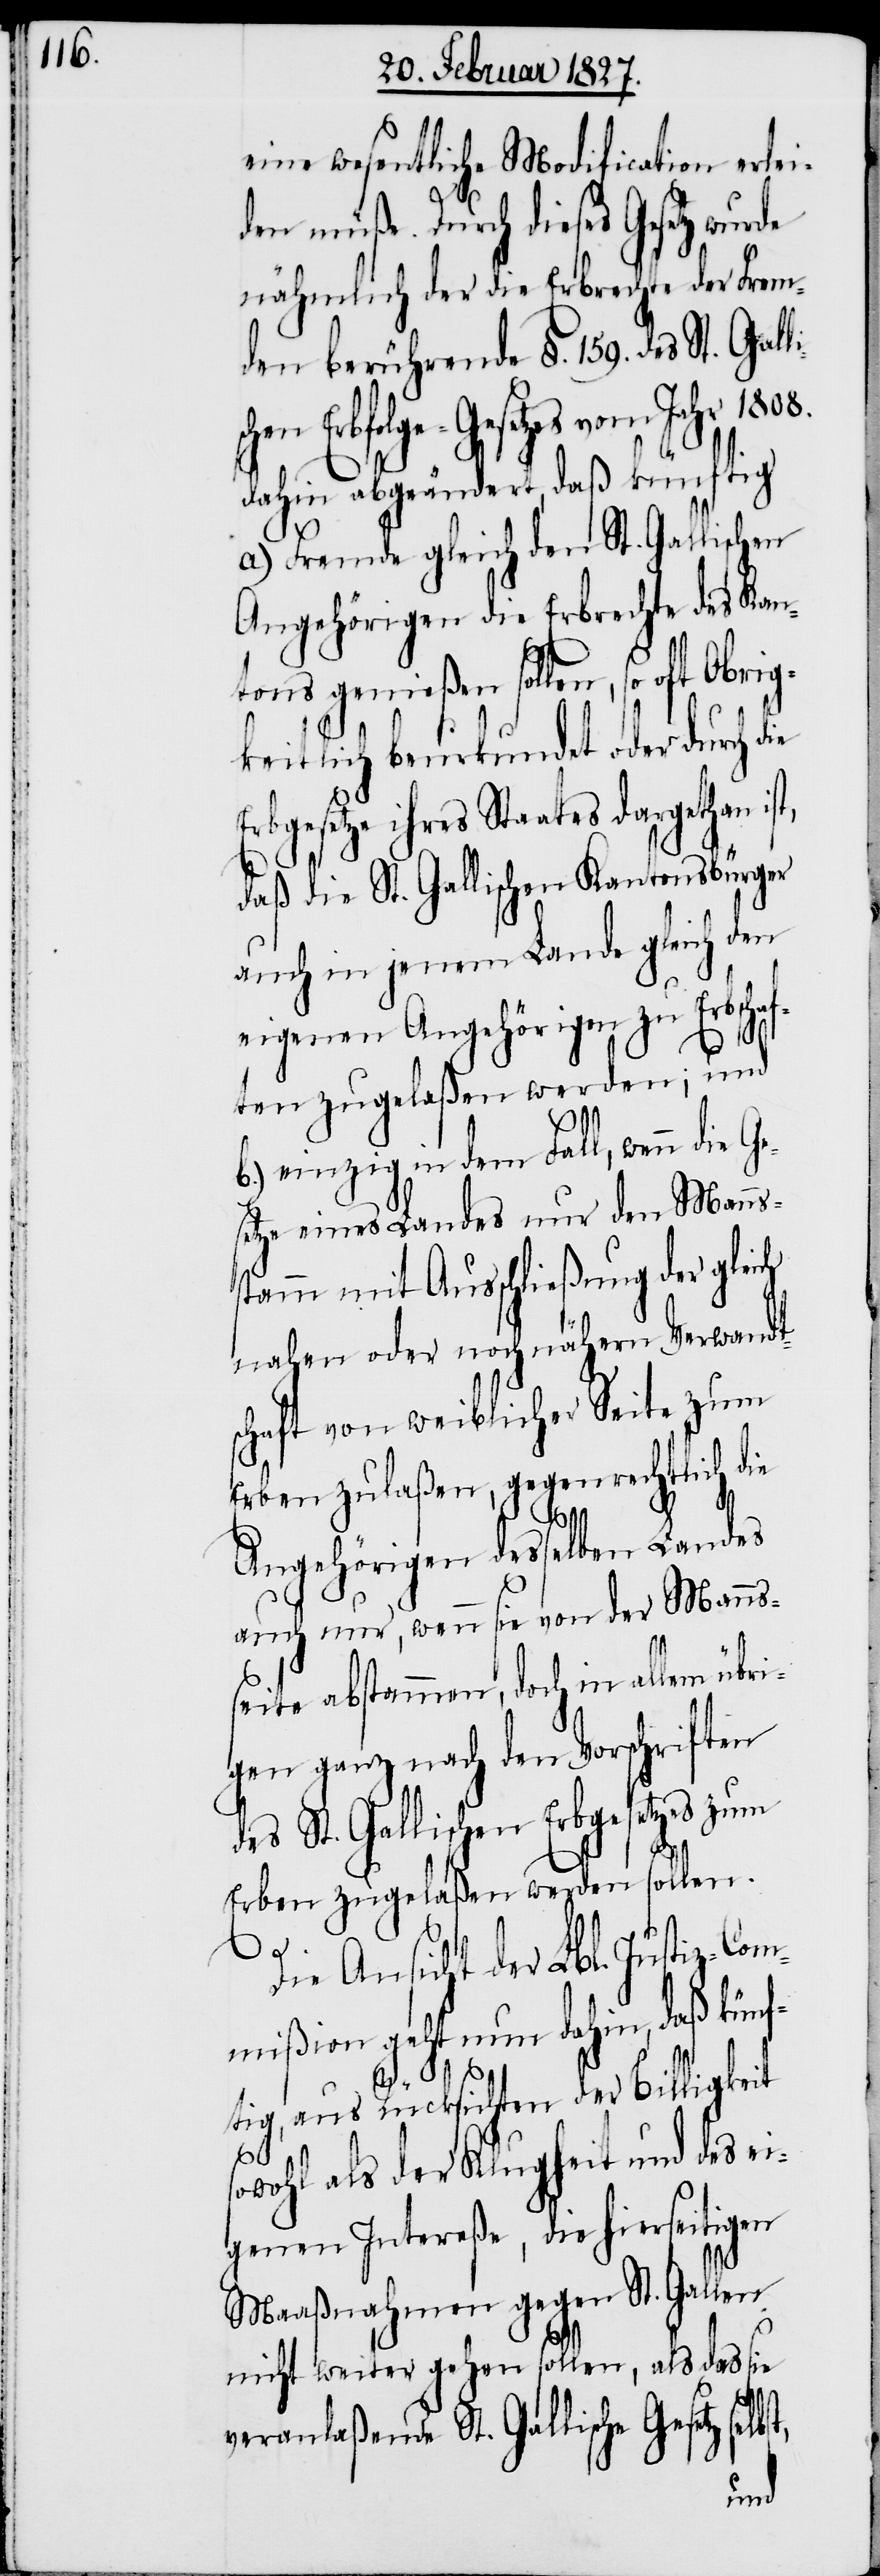
eine wesentliche Modification erlei¬
den müße. Durch dieses Gesetz wurde
nähmlich der die Erbrechte der Frem¬
den berührende §. 159. des St. Gall¬
taates dargethan ist,
dahin abgeändert, daß künftig
a.) Fremde gleich den St. Gallischen
Angehörigen die Erbrechte des Kan¬
tons genießen sollen, so oft Obrig¬
keitlich beurkundet oder durch d¬
daß die St. Gallischen Kantonsbürger
auch in jenem Lande gleich den
eigenen Angehörigen zu Erbschaf¬
ten zugelaßen werden; und
b.) einzig in dem Fall, wenn die Ge¬
setze eines Landes nur den Manns¬
stamm mit Ausschließung des gleich
nahen oder noch nähern Verwandt¬
schaft von weiblicher Seite zum
Erben zulaßen, gegenrechtlich die
Angehörigen desselben Landes
auch nur, wenn sie von der Manns¬
seite abstammen, doch in allen übri¬
gen ganz nach den Vorschriften
des St. Gallischen Erbgesetzes zum
Erben zugelaßen werden sollen.
Die
Ansicht der Lbl. Justiz-Co¬
mißion geht nun dahin, daß kün¬
ftig, aus Rücksichten der Billigkeit
sowohl als der Klugheit und des ei¬
genen Intereße, die hierseitigen
Maaßnahmen gegen St. Gallen
nicht weiter gehen sollen, als das sie
veranlaßende St. Gallische Gesetz selb¬
st,